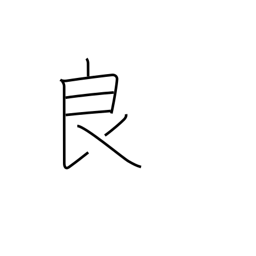
Meaning: skilled